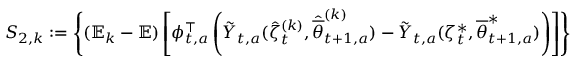
\begin{array} { r } { S _ { 2 , k } : = \left\{ ( \mathbb E _ { k } - \mathbb E ) \left[ \phi _ { t , a } ^ { \top } \left( \tilde { Y } _ { t , a } ( \hat { \zeta } _ { t } ^ { ( k ) } , \hat { \overline { { \theta } } } _ { t + 1 , a } ^ { ( k ) } ) - \tilde { Y } _ { t , a } ( \zeta _ { t } ^ { * } , { \overline { { \theta } } } _ { t + 1 , a } ^ { * } ) \right) \right] \right\} } \end{array}